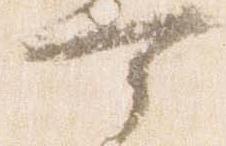
可